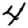
Digit: 4